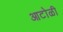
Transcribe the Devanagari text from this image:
आटोळी